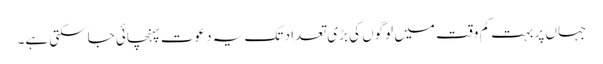
جہاں پر بہت کم وقت میں لوگوں کی بڑی تعداد تک یہ دعوت پہنچائی جاسکتی ہے۔